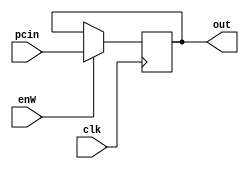
module pc_regr (out,pcin,clk,enW);
  output reg [31:0] out;
  input clk,enW;
  input [31:0] pcin;
  reg [31:0] temp=32'b0;
  always @ ( posedge clk ) begin
    if(enW) out=pcin;
  end
endmodule